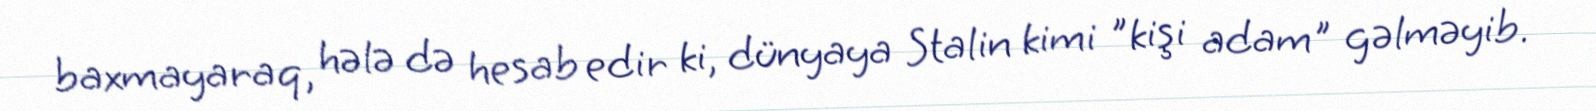
baxmayaraq, hələ də hesab edir ki, dünyaya Stalin kimi "kişi adam" gəlməyib.